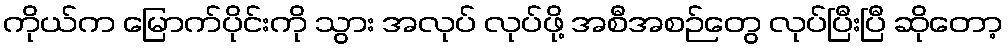
ကိုယ်က မြောက်ပိုင်းကို သွား အလုပ် လုပ်ဖို့ အစီအစဉ်တွေ လုပ်ပြီးပြီ ဆိုတော့